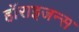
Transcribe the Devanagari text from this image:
हॉराइजन्स